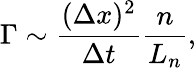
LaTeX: \Gamma\sim\frac{(\Delta x)^{2}}{\Delta t}\frac{n}{L_{n}},